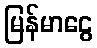
မြန်မာငွေ